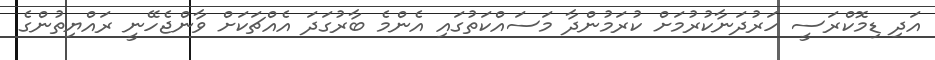
އަދި ޑިމޮކްރަސީ ހަރުދަނާކުރުމަށް ކުރަމުންދާ މަސައްކަތުގައި އެންމެ ބާރުގަދަ އެއްޗަކަށް ވާންޖެހޭނީ ރައްޔިތުންގެ